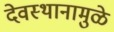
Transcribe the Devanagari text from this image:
देवस्थानामुळे